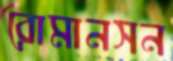
রোমানসন